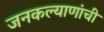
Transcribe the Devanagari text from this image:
जनकल्याणांची